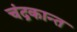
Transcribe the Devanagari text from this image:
चंद्रकान्त